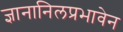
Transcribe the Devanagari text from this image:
ज्ञानानिलप्रभावेन